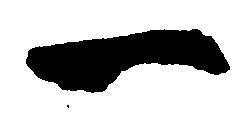
一